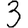
Digit: 3